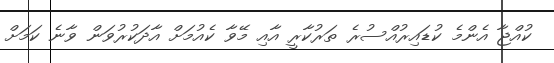
ކުއްޖާ އެންމެ ކުޑައިރުއްސުރެ ތަރުކާރީ އާއި މޭވާ ކެއުމަށް އާދަކުރުވަން ވާނެ ކަމަށް